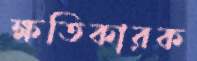
ক্ষতিকারক